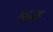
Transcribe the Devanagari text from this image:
संवत्सरा